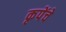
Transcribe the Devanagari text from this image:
कृपेंचे